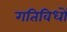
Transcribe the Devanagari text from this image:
गतिविधों